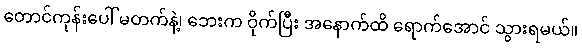
တောင်ကုန်းပေါ် မတက်နဲ့၊ ဘေးက ဝိုက်ပြီး အနောက်ထိ ရောက်အောင် သွားရမယ်။